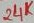
Text: 24K